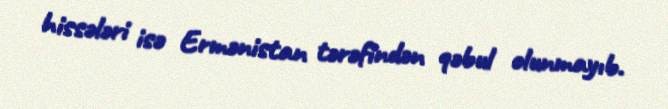
hissələri isə Ermənistan tərəfindən qəbul olunmayıb.